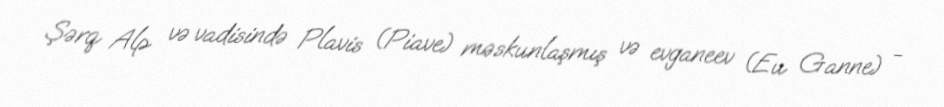
Şərq Alp və vadisində Plavis (Piave) məskunlaşmış və evganeev (Eu Ganne) -